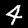
Digit: 4